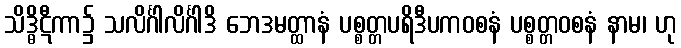
သိဒ္ဓိဋီကာ၌ သလိင်္ဂါလိင်္ဂါဒိ ဘေဒမတ္ထာနံ ပစ္စတ္တပရိဒီပကဝစနံ ပစ္စတ္တဝစနံ နာမ၊ ဟု